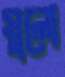
মুলো